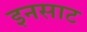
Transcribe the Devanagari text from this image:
इनसाट